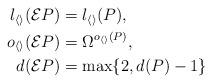
LaTeX: \begin{align*} l_{\langle\rangle}(\mathcal EP)&=l_{\langle\rangle}(P),\\ o_{\langle\rangle}(\mathcal EP)&=\Omega^{o_{\langle\rangle}(P)},\\ d(\mathcal EP)&=\max\{2,d(P)-1\}\end{align*}